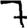
Digit: 7